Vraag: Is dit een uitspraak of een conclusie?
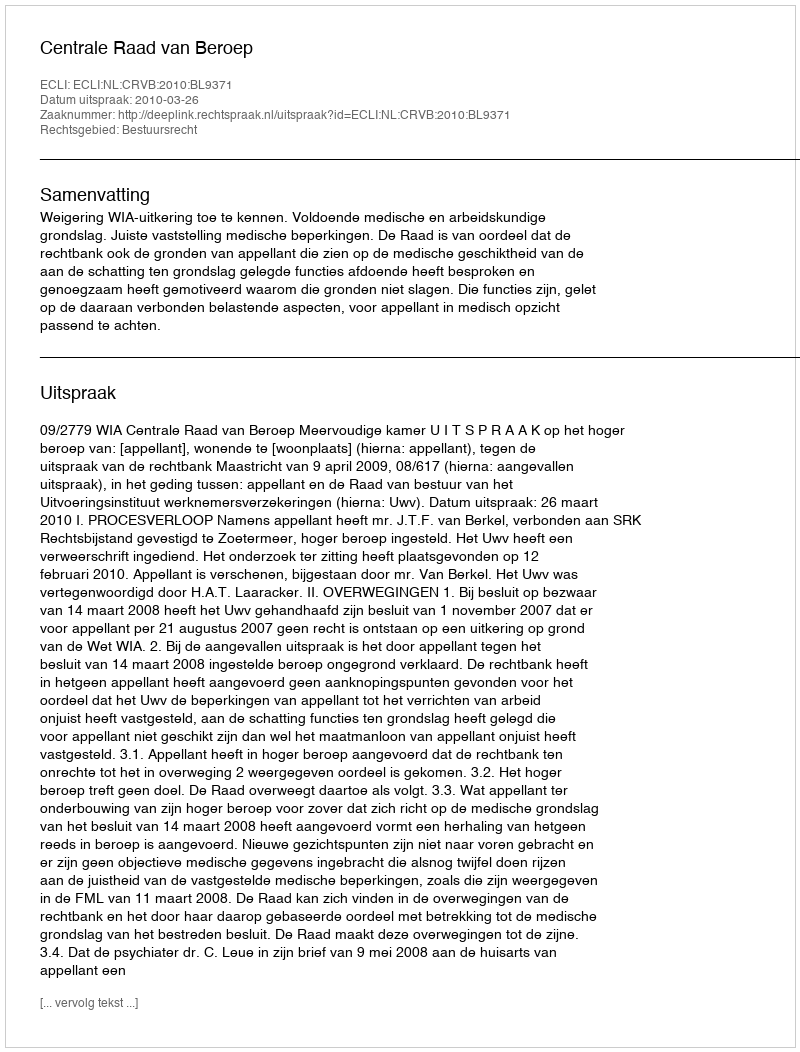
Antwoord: Uitspraak